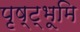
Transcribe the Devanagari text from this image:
पृष्ट्भूमि